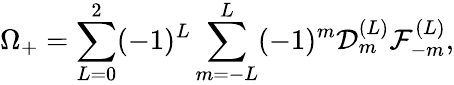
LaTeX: \Omega_{+}=\sum_{L=0}^{2}(-1)^{L}\sum_{m=-L}^{L}(-1)^{m}{\cal{D}}_{m}^{(L)}{\mathcal{F}}_{-m}^{(L)},